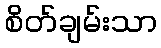
စိတ်ချမ်းသာ